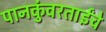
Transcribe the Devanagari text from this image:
पानकुंवरताईंचे